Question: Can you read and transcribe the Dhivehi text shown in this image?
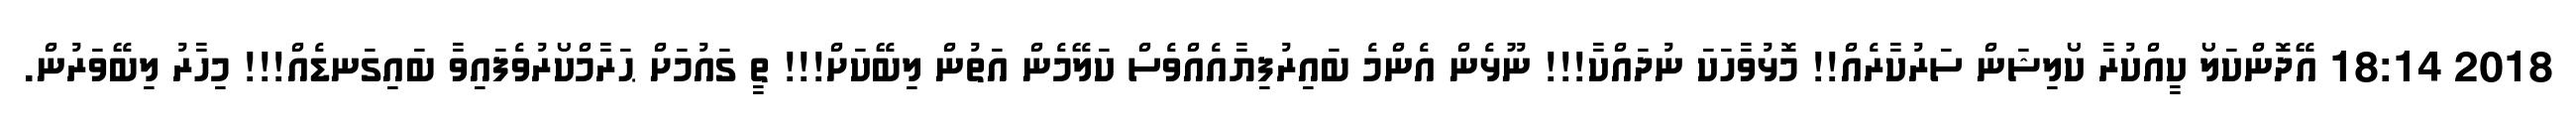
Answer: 2018 18:14 އޭދޮންކަލޯ ކީއްކުރާ ކޯލިޝަން ސަރުކާރެއް!! މޮޅުވާހަކަ ނުދައްކާ!!! ނޫޅެން އެންމެ ބައިރުފިޔާއެއްވެސް ކަލޭމެން އަތުން ލިބޭކަށް!!! ތީ ގައުމަށް ޙަރާމްކޯރުވެފައިވާ ބައިގަނޑެއް!!! މިހާރު ލިބޭވަރުން.